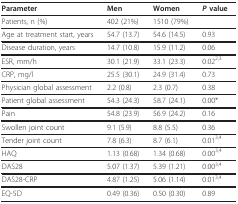
| Parameter | Men | Women | P value |
 | --- | --- | --- | --- |
 | Patients, n (%) | 402 (21%) | 1510 (79%) |  |
 | Age at treatment start, years | 54.7 (13.7) | 54.6 (14.5) | 0.93 |
 | Disease duration, years | 14.7 (10.8) | 15.9 (11.2) | 0.06 |
 | ESR, mm/h | 30.1 (21.9) | 33.1 (23.3) | 0.022,3 |
 | CRP, mg/l | 25.5 (30.1) | 24.9 (31.4) | 0.73 |
 | Physician global assessment | 2.2 (0.8) | 2.3 (0.7) | 0.38 |
 | Patient global assessment | 54.3 (24.3) | 58.7 (24.1) | 0.00* |
 | Pain | 54.8 (23.9) | 56.9 (24.2) | 0.16 |
 | Swollen joint count | 9.1 (5.9) | 8.8 (5.5) | 0.36 |
 | Tender joint count | 7.8 (6.3) | 8.7 (6.1) | 0.013,4 |
 | HAQ | 1.13 (0.68) | 1.34 (0.68) | 0.003,4 |
 | DAS28 | 5.07 (1.37) | 5.39 (1.21) | 0.003,4 |
 | DAS28-CRP | 4.87 (1.25) | 5.06 (1.14) | 0.013,4 |
 | EQ-5D | 0.49 (0.36) | 0.50 (0.30) | 0.89 |